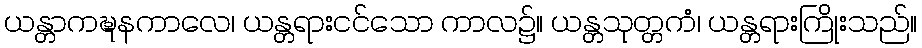
ယန္တာကဍ္ဎနကာလေ၊ ယန္တရားငင်သော ကာလ၌။ ယန္တသုတ္တကံ၊ ယန္တရားကြိုးသည်။